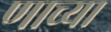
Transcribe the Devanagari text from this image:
णाच्या